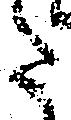
た